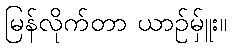
မြန်လိုက်တာ ယာဉ်မ်ှူး။